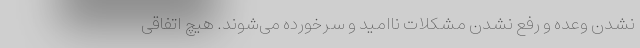
نشدن وعده و رفع نشدن مشکلات ناامید و سرخورده می‌شوند. هیچ اتفاقی